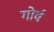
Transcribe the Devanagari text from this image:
गोर्व